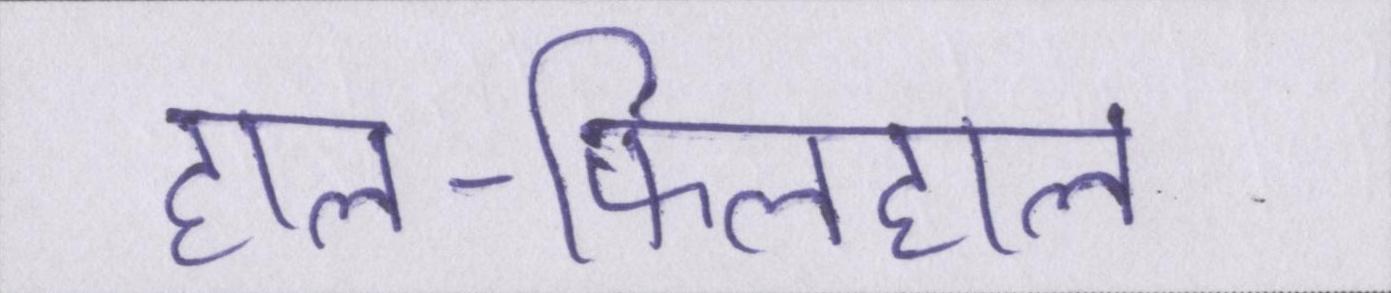
हाल-फिलहाल